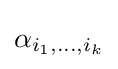
\alpha _{i_{1},\dots ,i_{k}}